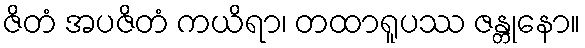
ဇိတံ အပဇိတံ ကယိရာ၊ တထာရူပဿ ဇန္တုနော။